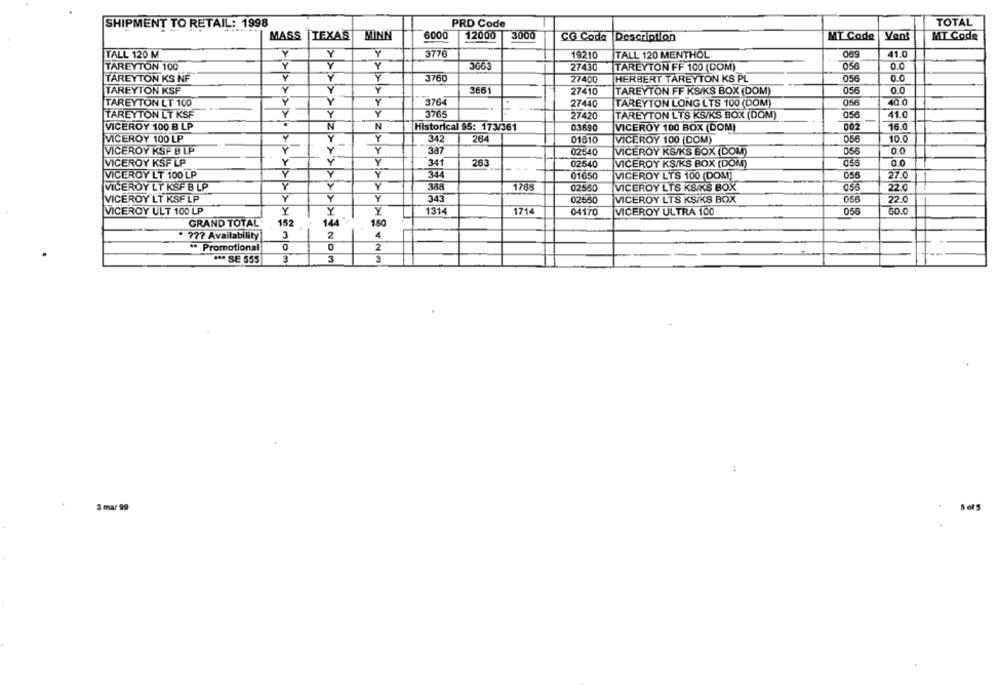
SHIPMENT TO RETAIL: 1998
PRD Code
TOTAL
MASS |TEXAS
6000
12000
3000
MINN
CO Coda Description
MT Code
Vent
MT Code
TALL 120 M
Y
Y
3776
19210
TALL 120 MENTHOL
41.0
TAREYTON 100
Y
Y
3003
27430
TAREYTON FF 100 (DOM)
056
0.0
TAREYTON KS NF
Y
Y
3760
27400
HERBERT TAREYTON KS PL
056
0.0
TAREYTON KSF
Y
Y
Y
3661
05
0.0
27410
TAREYTON FF KS/KS BOX (DOM)
TAREYTON LT 100
Y
3764
27440
TAREYTON LONG LTS 100 (DOM)
40.0
TAREYTON LT KSF
Y
Y
Y
3765
27420
TAREYTON LTS KS/KS BOX (DOM)
056
41.0
N
002
16.0
VICEROY 100 B LP
N
Historical 95: 173/361
03690
VICEROY 100 BOX (DOM)
VICEROY 100 LP
Y
Y
342
264
056
10.0
01610
VICEROY 100 (DOM)
VICEROY KSF B LP
Y
Y
337
02540
VICEROY KS/KS BOX (DOM)
056
0.0
VICEROY KSF LP
Y
Y
341
263
02540
VICEROY KS/KS BOX (DOM)
055
0.0
Y
VICEROY LT 100 LP
Y
344
01650
VICEROY LTS 100 (DOM)
056
21.0
VICEROY LT KSF B LP
Y
Y
388
1768
02550
VICEROY LTS KS/KS BOX
056
22.0
VICEROY LT KSF LP
Y
Y
Y
343
02550
VICEROY LTS KS/KS BOX
056
22.0
VICEROY ULT 100 LP
Y
Y
Y
1314
1714
04170
VICEROY ULTRA 100
055
60.0
GRAND TOTAL
144
150
152
3
2
4
. 77? Availability
** Promotional
2
*** SE 555
3
3
3
3 mar 99